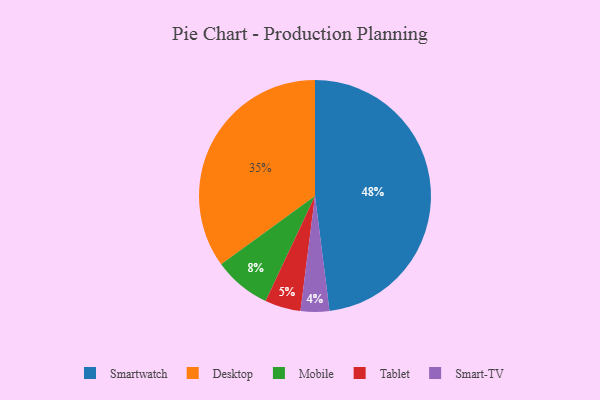
{"axis": {"x": "Category", "y": "Percentage"}, "legend": ["Desktop", "Mobile", "Smart-TV", "Smartwatch", "Tablet"], "data": [{"x": "Tablet", "y": 5, "type": "Tablet"}, {"x": "Smartwatch", "y": 48, "type": "Smartwatch"}, {"x": "Smart-TV", "y": 4, "type": "Smart-TV"}, {"x": "Desktop", "y": 35, "type": "Desktop"}, {"x": "Mobile", "y": 8, "type": "Mobile"}]}